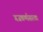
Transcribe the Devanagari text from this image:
गजकर्णासारखा